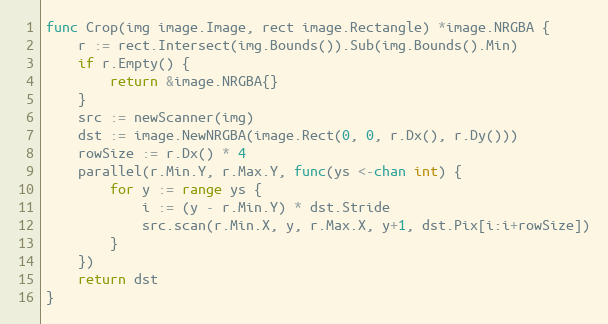
Language: Go
func Crop(img image.Image, rect image.Rectangle) *image.NRGBA {
	r := rect.Intersect(img.Bounds()).Sub(img.Bounds().Min)
	if r.Empty() {
		return &image.NRGBA{}
	}
	src := newScanner(img)
	dst := image.NewNRGBA(image.Rect(0, 0, r.Dx(), r.Dy()))
	rowSize := r.Dx() * 4
	parallel(r.Min.Y, r.Max.Y, func(ys <-chan int) {
		for y := range ys {
			i := (y - r.Min.Y) * dst.Stride
			src.scan(r.Min.X, y, r.Max.X, y+1, dst.Pix[i:i+rowSize])
		}
	})
	return dst
}